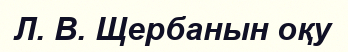
Л. В. Щербанын оқу